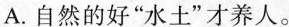
A.自然的好“水上”才养人。